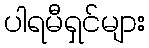
ပါရမီရှင်များ